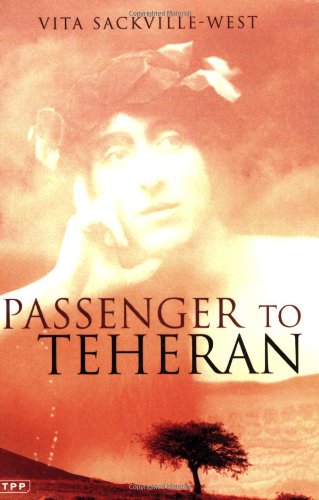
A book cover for Passenger to Teheran (Tauris Parke Paperback); Vita Sackville-West; Travel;